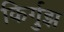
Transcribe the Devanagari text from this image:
किर्गुझ